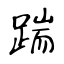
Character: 踹